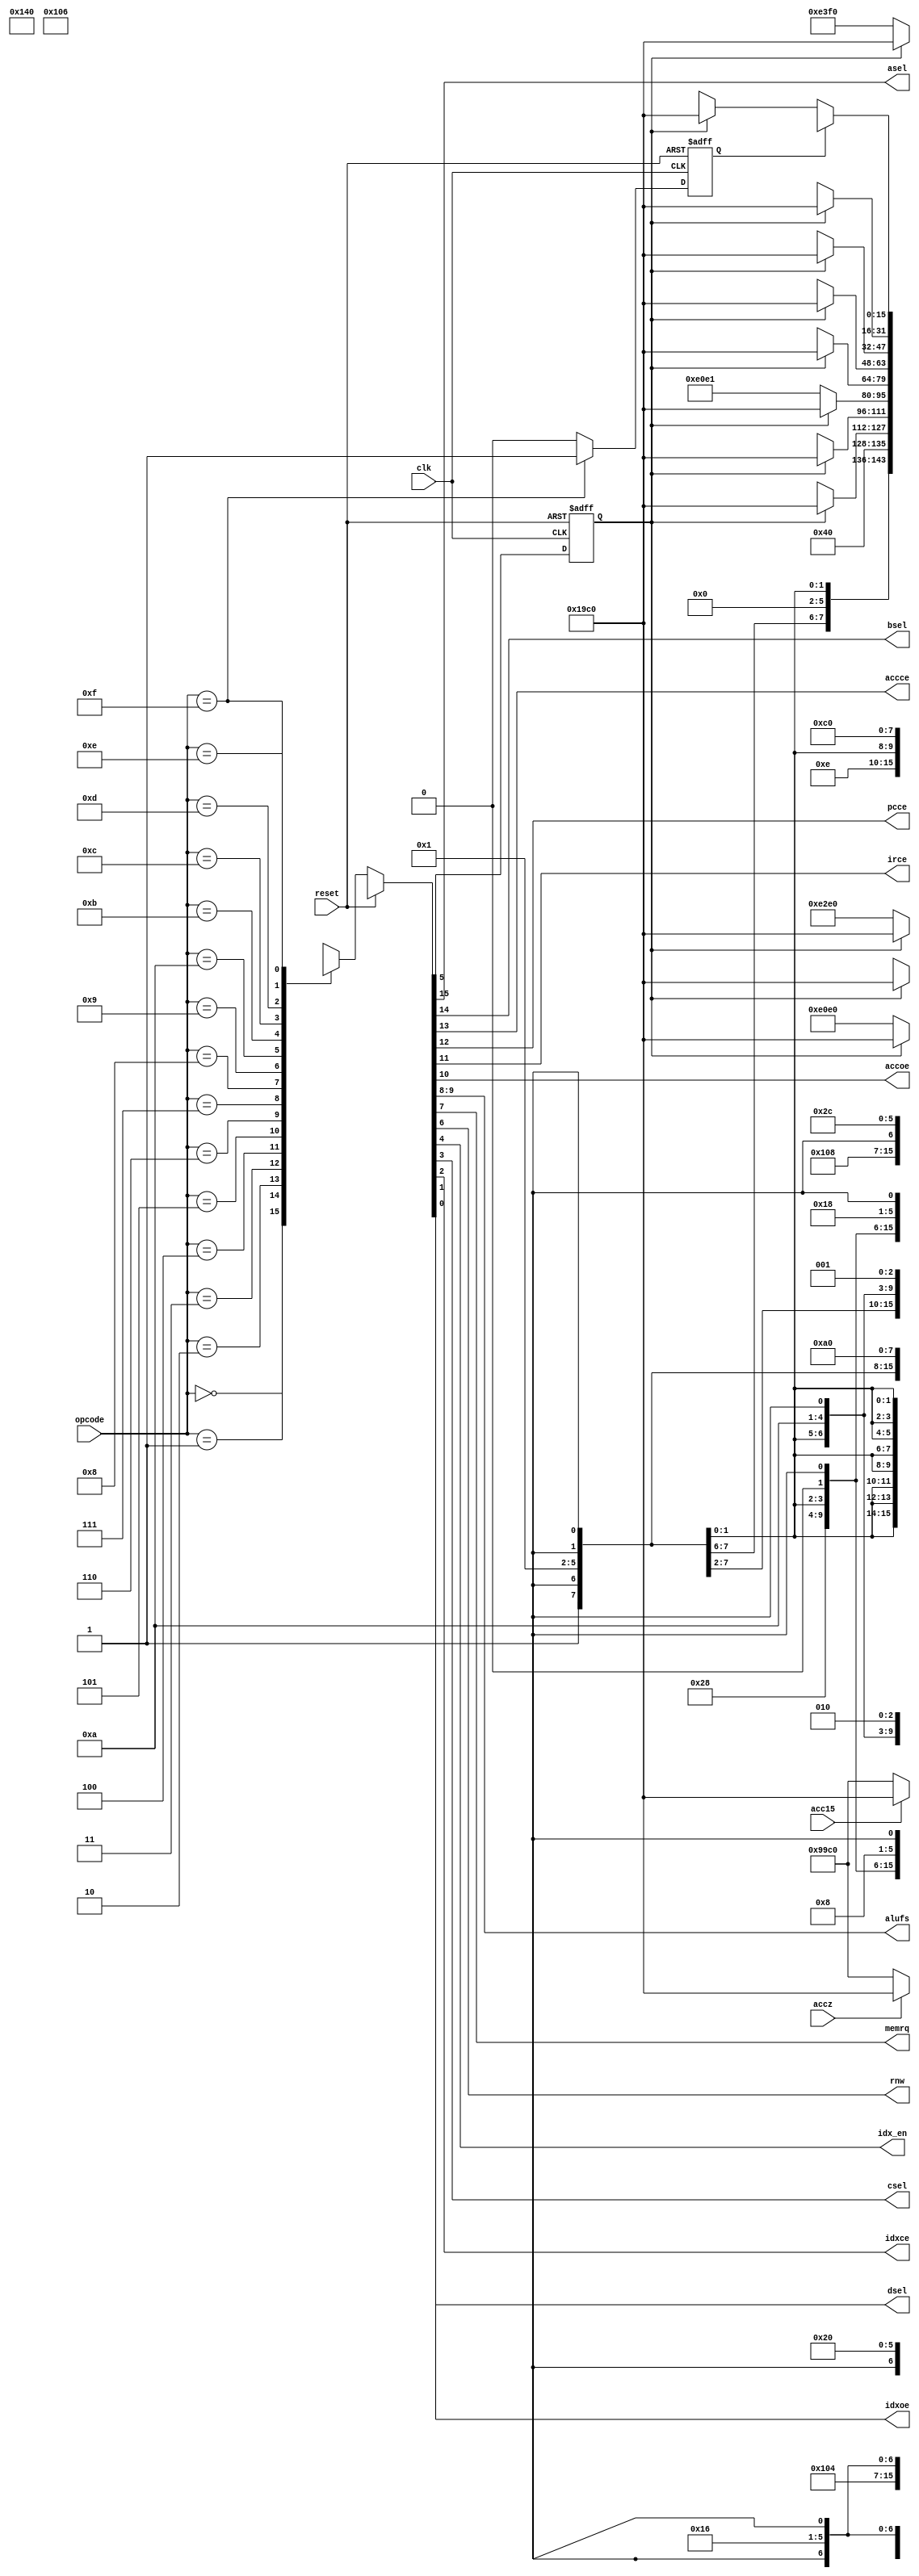
`timescale 1ns / 1ps
//////////////////////////////////////////////////////////////////////////////////
// Company: 
// Engineer: 
// 
// Design Name: 
// Module Name: fsm
// Project Name: 
// Target Devices: 
// Tool Versions: 
// Description: 
// 
// Dependencies: 
// 
// Revision:
// Revision 0.01 - File Created
// Additional Comments:
// 
//////////////////////////////////////////////////////////////////////////////////
`define LDA     4'b0000
`define STO     4'b0001
`define ADD     4'b0010
`define SUB     4'b0011
`define JMP     4'b0100
`define JGE     4'b0101
`define JNE     4'b0110
`define STP     4'b0111
`define MOVI    4'b1000
`define MOVIDX  4'b1001
`define LDIDX   4'b1010
`define STIDX   4'b1011
`define ADDIDX  4'b1100
`define SUBIDX  4'b1101
`define STOIDX  4'b1110
`define BUBIDX  4'b1111


module fsm (reset, clk, opcode, accz, acc15, asel, bsel, accce, pcce, irce, accoe, alufs, memrq, rnw, idx_en, csel, idxce, idxoe, dsel);
input reset, clk, accz, acc15;
input [3:0] opcode;
output asel, bsel, accce, pcce, irce, accoe, memrq, rnw, idx_en, csel, idxce, idxoe, dsel;
output [1:0] alufs;
reg exft;
reg sort_en;
reg [15:0] outs; // Actually, this is wire
always @(opcode or reset or exft or accz or acc15 or sort_en) begin
if (reset) outs = {1'b0, 1'b0, 1'b1, 1'b1, 1'b1, 1'b0, 2'bxx, 1'b1, 1'b1, 1'b0, 1'b0, 1'b0, 1'b0, 1'b0, 1'b0};
else begin
case (opcode)
`LDA: begin if (!exft) outs = {1'b1, 1'b1, 1'b1, 1'b0, 1'b0, 1'b0, 2'b00, 1'b1, 1'b1, 1'b1, 1'b0, 1'b0, 1'b0, 1'b0, 1'b0};
else outs = {1'b0, 1'b0, 1'b0, 1'b1, 1'b1, 1'b0, 2'b01, 1'b1, 1'b1, 1'b0, 1'b0, 1'b0, 1'b0, 1'b0, 1'b0}; end
`STO: begin if (!exft) outs = {1'b1, 1'bx, 1'b0, 1'b0, 1'b0, 1'b1, 2'bxx, 1'b1, 1'b0, 1'b1, 1'b0, 1'b0, 1'b0, 1'b0, 1'b0};
else outs = {1'b0, 1'b0, 1'b0, 1'b1, 1'b1, 1'b0, 2'b01, 1'b1, 1'b1, 1'b0, 1'b0, 1'b0, 1'b0, 1'b0, 1'b0}; end
`ADD: begin if (!exft) outs = {1'b1, 1'b1, 1'b1, 1'b0, 1'b0, 1'b0, 2'b10, 1'b1, 1'b1, 1'b1, 1'b0, 1'b0, 1'b0, 1'b0, 1'b0};
else outs = {1'b0, 1'b0, 1'b0, 1'b1, 1'b1, 1'b0, 2'b01, 1'b1, 1'b1, 1'b0, 1'b0, 1'b0, 1'b0, 1'b0, 1'b0}; end
`SUB: begin if (!exft) outs = {1'b1, 1'b1, 1'b1, 1'b0, 1'b0, 1'b0, 2'b11, 1'b1, 1'b1, 1'b1, 1'b1, 1'b0, 1'b0, 1'b0, 1'b0};
else outs = {1'b0, 1'b0, 1'b0, 1'b1, 1'b1, 1'b0, 2'b01, 1'b1, 1'b1, 1'b0, 1'b0, 1'b0, 1'b0, 1'b0, 1'b0}; end
`JMP: outs = {1'b1, 1'b0, 1'b0, 1'b1, 1'b1, 1'b0, 2'b01, 1'b1, 1'b1, 1'b0, 1'b0, 1'b0, 1'b0, 1'b0, 1'b0};
`JGE: begin if (!acc15) outs = {1'b1, 1'b0, 1'b0, 1'b1, 1'b1, 1'b0, 2'b01, 1'b1, 1'b1, 1'b0, 1'b0, 1'b0, 1'b0, 1'b0, 1'b0};
else outs = {1'b0, 1'b0, 1'b0, 1'b1, 1'b1, 1'b0, 2'b01, 1'b1, 1'b1, 1'b0, 1'b0, 1'b0, 1'b0, 1'b0, 1'b0}; end
`JNE: begin if (!accz) outs = {1'b1, 1'b0, 1'b0, 1'b1, 1'b1, 1'b0, 2'b01, 1'b1, 1'b1, 1'b0, 1'b0, 1'b0, 1'b0, 1'b0, 1'b0};
else outs = {1'b0, 1'b0, 1'b0, 1'b1, 1'b1, 1'b0, 2'b01, 1'b1, 1'b1, 1'b0, 1'b0, 1'b0, 1'b0, 1'b0, 1'b0}; end
`STP: outs = {1'b1, 1'bx, 1'b0, 1'b0, 1'b0, 1'b0, 2'bxx, 1'b0, 1'b1, 1'b0, 1'b0, 1'b0, 1'b0, 1'b0, 1'b0};

`MOVI: begin if (!exft) outs = {1'b1, 1'b0, 1'b1, 1'b0, 1'b0, 1'b0, 2'b00, 1'b0, 1'bx, 1'b1, 1'b0, 1'b0, 1'b0, 1'b0, 1'b0};
else outs = {1'b0, 1'b0, 1'b0, 1'b1, 1'b1, 1'b0, 2'b01, 1'b1, 1'b1, 1'b0, 1'b0, 1'b0, 1'b0, 1'b0, 1'b0}; end
`MOVIDX: begin if (!exft) outs = {1'b1, 1'b0, 1'b0, 1'b0, 1'b0, 1'b1, 2'b00, 1'b0, 1'bx, 1'b1, 1'b0, 1'b1, 1'b1, 1'b0, 1'b0};
else outs = {1'b0, 1'b0, 1'b0, 1'b1, 1'b1, 1'b0, 2'b01, 1'b1, 1'b1, 1'b0, 1'b0, 1'b0, 1'b0, 1'b0, 1'b0}; end
`LDIDX: begin if (!exft) outs = {1'b1, 1'b1, 1'b1, 1'b0, 1'b0, 1'b0, 2'b00, 1'b1, 1'b1, 1'b1, 1'b0, 1'b0, 1'b0, 1'b0, 1'b1};
else outs = {1'b0, 1'b0, 1'b0, 1'b1, 1'b1, 1'b0, 2'b01, 1'b1, 1'b1, 1'b0, 1'b0, 1'b0, 1'b0, 1'b0, 1'b0}; end
`STIDX: begin if (!exft) outs = {1'b1, 1'bx, 1'b0, 1'b0, 1'b0, 1'b1, 2'bxx, 1'b1, 1'b0, 1'b1, 1'b0, 1'bx, 1'b0, 1'b0, 1'b1};
else outs = {1'b0, 1'b0, 1'b0, 1'b1, 1'b1, 1'b0, 2'b01, 1'b1, 1'b1, 1'b0, 1'b0, 1'b0, 1'b0, 1'b0, 1'b0}; end
`ADDIDX: begin if (!exft) outs = {1'b1, 1'b0, 1'b0, 1'b0, 1'b0, 1'b0, 2'b10, 1'b0, 1'bx, 1'b1, 1'b0, 1'b1, 1'b1, 1'b0, 1'bx};
else outs = {1'b0, 1'b0, 1'b0, 1'b1, 1'b1, 1'b0, 2'b01, 1'b1, 1'b1, 1'b0, 1'b0, 1'b0, 1'b0, 1'b0, 1'b0}; end
`SUBIDX: begin if (!exft) outs = {1'b1, 1'b0, 1'b0, 1'b0, 1'b0, 1'b0, 2'b11, 1'b0, 1'bx, 1'b1, 1'b0, 1'b1, 1'b1, 1'b0, 1'bx};
else outs = {1'b0, 1'b0, 1'b0, 1'b1, 1'b1, 1'b0, 2'b01, 1'b1, 1'b1, 1'b0, 1'b0, 1'b0, 1'b0, 1'b0, 1'b0}; end
`STOIDX: begin if (!exft) outs = {1'b1, 1'bx, 1'b0, 1'b0, 1'b0, 1'b0, 2'bxx, 1'b1, 1'b0, 1'b1, 1'b0, 1'bx, 1'b0, 1'b1, 1'b0};
else outs = {1'b0, 1'b0, 1'b0, 1'b1, 1'b1, 1'b0, 2'b01, 1'b1, 1'b1, 1'b0, 1'b0, 1'b0, 1'b0, 1'b0, 1'b0}; end
`BUBIDX: /*begin if (!exft) begin 
if (sort_en) outs = {1'b0, 1'b1, 1'b0, 1'b1, 1'b0, 1'b0, 1'b0, 2'bxx, 1'b0, 1'bx, 1'b1, 1'b1, 1'b0, 1'b0, 1'b0, 1'bx}; 
else outs = {1'b1, 1'b1, 1'b0, 1'b1, 1'b0, 1'b0, 1'b0, 2'bxx, 1'b0, 1'bx, 1'b0, 1'b1, 1'b0, 1'b0, 1'b0, 1'bx};
end else outs = {1'b0, 1'b0, 1'b0, 1'b0, 1'b1, 1'b1, 1'b0, 2'b01, 1'b1, 1'b1, 1'b0, 1'b0, 1'b0, 1'b0, 1'b0, 1'b0}; end */
begin outs = (sort_en)  ? {1'b1, 1'b0, 1'b1, 1'b0, 1'b0, 1'b0, 2'bxx, 1'b0, 1'bx, 1'b1, 1'b1, 1'b0, 1'b0, 1'b0, 1'bx} :
              (!exft)    ? {1'b1, 1'b0, 1'b1, 1'b0, 1'b0, 1'b0, 2'bxx, 1'b0, 1'bx, 1'b0, 1'b1, 1'b0, 1'b0, 1'b0, 1'bx} :
                           {1'b0, 1'b0, 1'b0, 1'b1, 1'b1, 1'b0, 2'b01, 1'b1, 1'b1, 1'b0, 1'b0, 1'b0, 1'b0, 1'b0, 1'b0};
                        end
endcase
end /* end of else */
end /* end of always */


assign asel     = outs[15];
assign bsel     = outs[14];
assign accce    = outs[13];
assign pcce     = outs[12];
assign irce     = outs[11];
assign accoe    = outs[10];
assign alufs    = outs[9:8];
assign memrq    = outs[7];
assign rnw      = outs[6];
assign nextexft = outs[5];
assign idx_en   = outs[4];
assign csel     = outs[3];
assign idxce    = outs[2];
assign idxoe    = outs[1];
assign dsel     = outs[0];


always @(negedge clk or posedge reset) begin
if (reset) exft <= 1'b1;
else exft <= nextexft;
end

always @(negedge clk or posedge reset) begin
if (reset) sort_en <= 1'b0;
else if(opcode == `BUBIDX) sort_en <= 1;
else sort_en <= 0;
end


endmodule